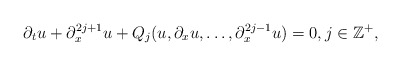
\begin{align*} \partial_tu + \partial_x^{2j+1}u + Q_j(u,\partial_xu,\dots,\partial_x^{2j-1}u) = 0,j\in\mathbb{Z}^+,\end{align*}